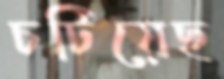
চটিয়েছ